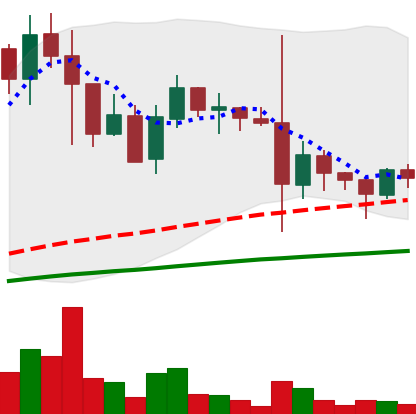
Ticker: DOGE-USD
Chart end date: 2021-05-25
Forward return: -12.728%
Label: down_7plus